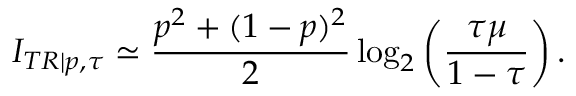
I _ { T R | p , \tau } \simeq \frac { p ^ { 2 } + ( 1 - p ) ^ { 2 } } { 2 } \log _ { 2 } \left( \frac { \tau \mu } { 1 - \tau } \right) .